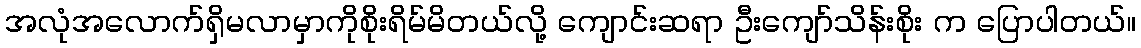
အလုံအလောက်ရှိမလာမှာကိုစိုးရိမ်မိတယ်လို့ ကျောင်းဆရာ ဦးကျော်သိန်းစိုး က ပြောပါတယ်။